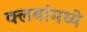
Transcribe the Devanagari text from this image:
क्लबांमध्ये